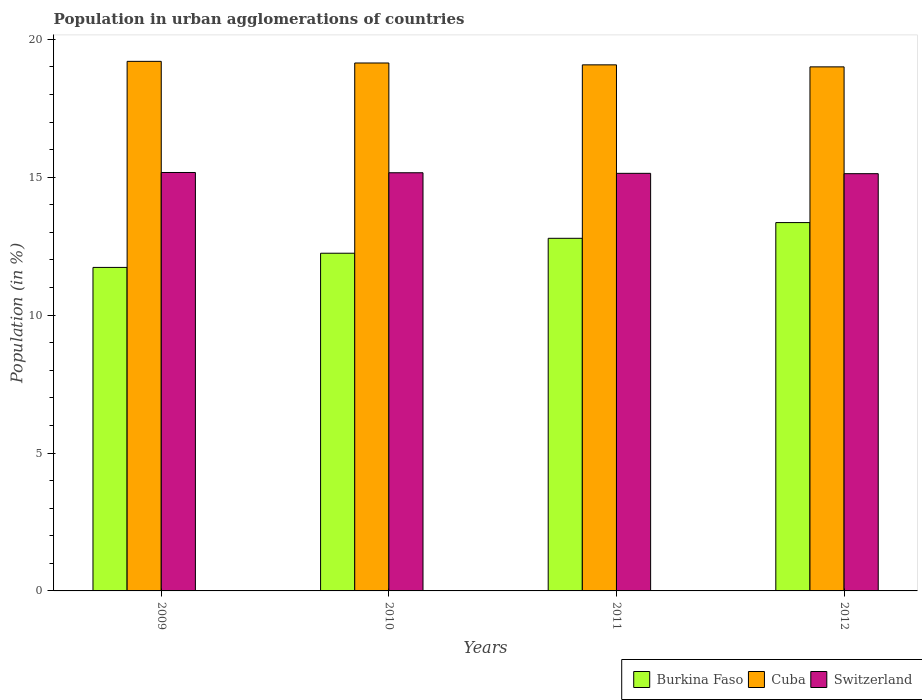
| Years | Burkina Faso | Cuba | Switzerland |
 | --- | --- | --- | --- |
 | 2009 | 11.7 | 19.2 | 15.2 |
 | 2010 | 12.2 | 19.1 | 15.2 |
 | 2011 | 12.8 | 19.1 | 15.1 |
 | 2012 | 13.4 | 19 | 15.1 |